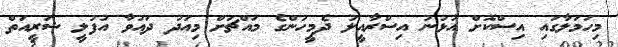
މިހަމަލާގައި އިސްކޮށް އުޅުނު އިސްރާއީލު ދެމީހުންގެ މައްޗަށް މިއަދު ދައުވާ އުފުލީ ޝަރީއަތް